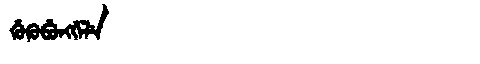
Manchu: ᡤᡠᡴᡠᠪᡠᠩᡤᡝᠯᡝ
Romanization: GUKUBUNGGELE